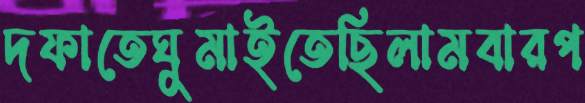
দফাতেঘুমাইতেছিলামবারপ